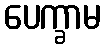
ပေက္ခာမ